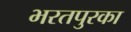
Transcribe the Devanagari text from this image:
भरतपुरका